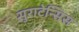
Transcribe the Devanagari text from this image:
सुराटेन्सिस